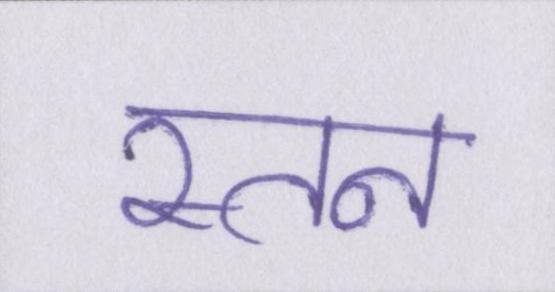
स्तन